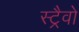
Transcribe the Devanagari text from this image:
स्ट्रैवो